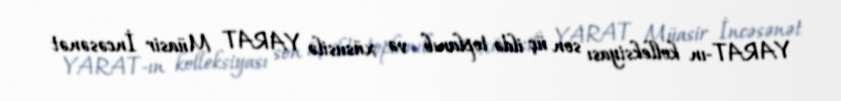
YARAT-ın kolleksiyası son üç ildə toplanıb və xüsusilə YARAT Müasir İncəsənət